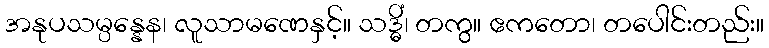
အနုပသမ္ပန္နေန၊ လူသာမဏေနှင့်။ သဒ္ဓိံ၊ တကွ။ ဧကတော၊ တပေါင်းတည်း။